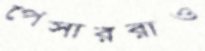
পেসাররাও